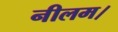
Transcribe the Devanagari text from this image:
नीलम।